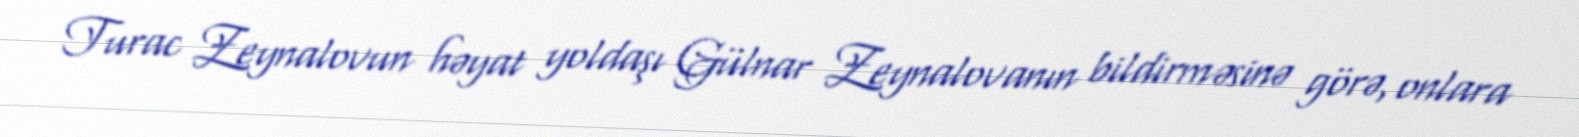
Turac Zeynalovun həyat yoldaşı Gülnar Zeynalovanın bildirməsinə görə, onlara